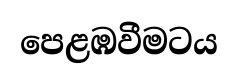
පෙළඹවීමටය